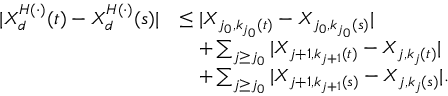
\begin{array} { r l } { | X _ { d } ^ { H ( \cdot ) } ( t ) - X _ { d } ^ { H ( \cdot ) } ( s ) | } & { \leq | X _ { j _ { 0 } , k _ { j _ { 0 } } ( t ) } - X _ { j _ { 0 } , k _ { j _ { 0 } } ( s ) } | } \\ & { \quad + \sum _ { j \geq j _ { 0 } } | X _ { j + 1 , k _ { j + 1 } ( t ) } - X _ { j , k _ { j } ( t ) } | } \\ & { \quad + \sum _ { j \geq j _ { 0 } } | X _ { j + 1 , k _ { j + 1 } ( s ) } - X _ { j , k _ { j } ( s ) } | . } \end{array}